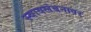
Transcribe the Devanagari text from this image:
स्वावलंबनावर